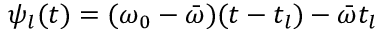
\psi _ { l } ( t ) = ( \omega _ { 0 } - \bar { \omega } ) ( t - t _ { l } ) - \bar { \omega } t _ { l }